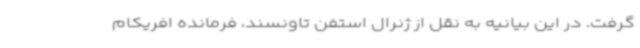
گرفت. در این بیانیه به نقل از ژنرال استفن تاونسند، فرمانده افریکام